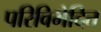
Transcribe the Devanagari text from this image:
परिविभेदित